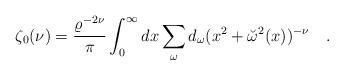
LaTeX: \begin{align*}\zeta_0(\nu)={\varrho^{-2\nu} \over \pi }\int_0^\infty dx \sum_{\omega}d_\omega(x^2+\breve{\omega}^2(x))^{-\nu}~~~.\end{align*}